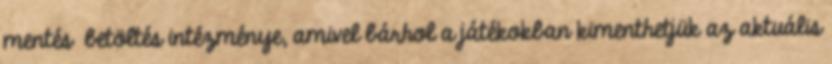
mentés betöltés intézménye, amivel bárhol a játékokban kimenthetjük az aktuális